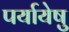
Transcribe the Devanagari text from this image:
पर्यायेषु